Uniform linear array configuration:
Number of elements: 64
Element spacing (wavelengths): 0.75
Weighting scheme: binomial
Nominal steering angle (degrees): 30
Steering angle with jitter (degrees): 30.855
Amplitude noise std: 0.05
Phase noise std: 0.05

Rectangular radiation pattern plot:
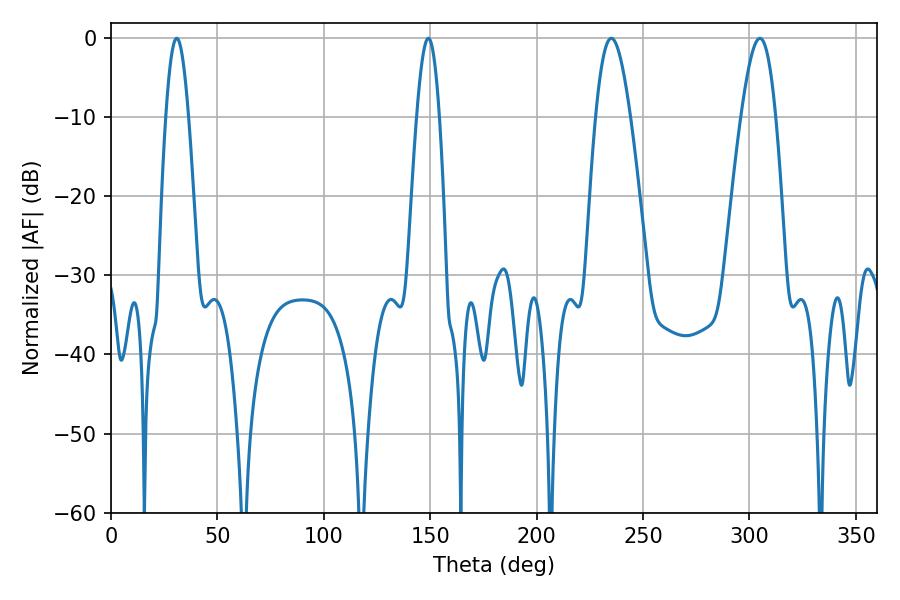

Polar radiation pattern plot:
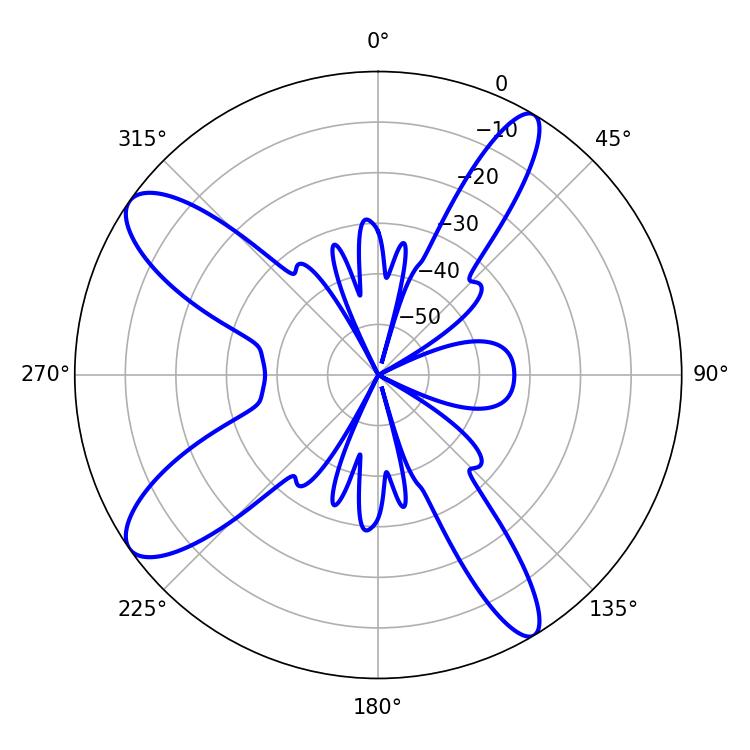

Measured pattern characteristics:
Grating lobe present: TRUE
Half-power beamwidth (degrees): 8.82
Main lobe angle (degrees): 235.08